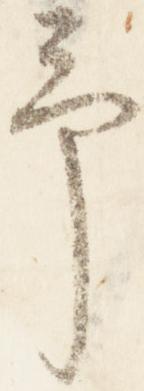
予